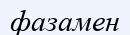
фазамен